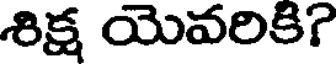
శిక్ష యెవరికి?